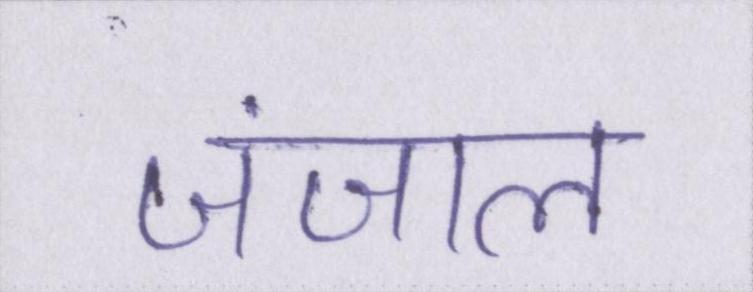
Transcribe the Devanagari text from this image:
जंजाल